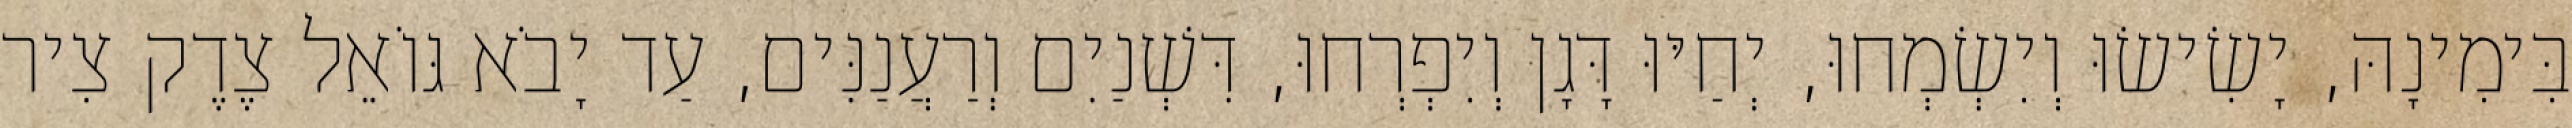
בִּימִינָהּ, יָשִׂישׂוּ וְיִשְׂמְחוּ, יְחַיּוּ דָּגָן וְיִפְרְחוּ, דִּשְׁנַיִם וְרַעֲנַנִּים, עַד יָבֹא גּוֹאֵל צֶדֶק צִיר